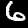
Label: 6